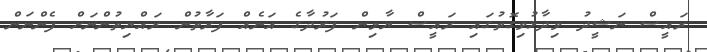
ރައީސް ނަޝީދު ވިދާޅުވިގޮތުގައި ރައީސް ޔާމިން ފަރުދާގެ އަނެއް ފަރާތުން ރައްޔިތުންނަށް ފެންނަން